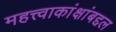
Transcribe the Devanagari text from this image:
महत्त्वाकांक्षांबद्दल